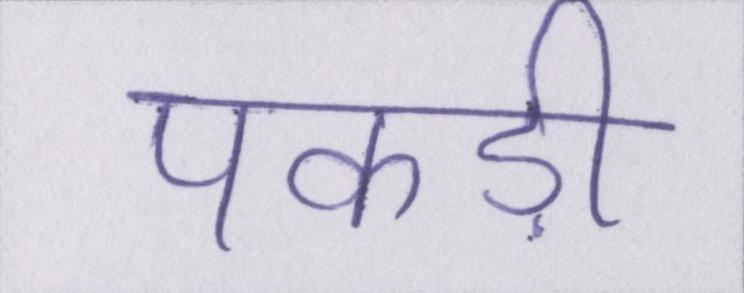
पकड़ी